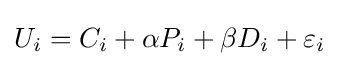
U_{i}=C_{i}+\alpha P_{i}+\beta D_{i}+\varepsilon _{i}